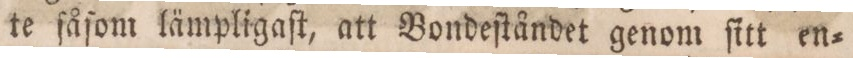
te ſåſom lämpligaſt, att Bondeſtåndet genom ſitt en=